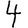
Digit: 4